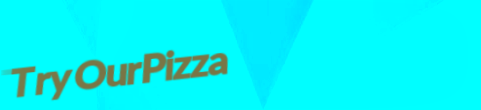
TryOurPizza